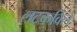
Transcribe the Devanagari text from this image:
लटकविले